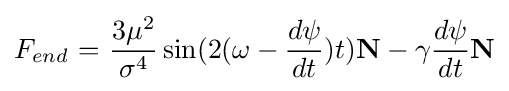
F_{end}\ {=}\ {\frac {3\mu ^{2}}{\sigma ^{4}}}\sin(2(\omega -{\frac {d\psi }{dt}})t)\mathbf {N} -\gamma {\frac {d\psi }{dt}}\mathbf {N}